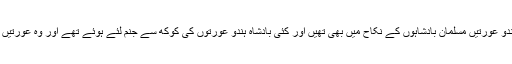
گو کہ یہ غلامی در اصل غلامی نہیں تھی بلکہ ہندو اُس وقت بھی ہر کام میں آزاد تھا یہاں تک کہ ہندو عورتیں مسلمان بادشاہوں کے نکاح میں بھی تھیں اور کئی بادشاہ ہندو عورتوں کی کوکھ سے جنم لئے ہوئے تھے اور وہ عورتیں غلام نہیں تھیں بلکہ ریاستوں کے حکمرانوں کی بیٹیاں تھیں اور مسلمان بادشاہوں کی منکوحہ تھیں۔